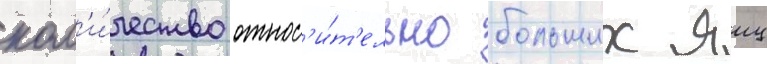
кол'и́чество относ'и́т'ельно больших яиц